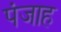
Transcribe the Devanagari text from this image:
पंजाह